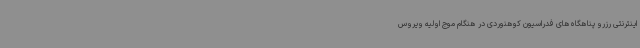
اینترنتی رزرو پناهگاه‌های فدراسیون کوهنوردی در هنگام موج اولیه ویروس